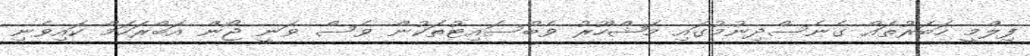
ފިލްމީ ހަބަރުތައް ގެނެސްދިނުމުގައި މަޝްހޫރު ވެބްސައިޓުތަކުން ވެސް ވަނީ ޖޯން އަބްރަހަމް ކައިވެނި